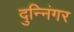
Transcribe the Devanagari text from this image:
दुन्निंगर